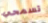
تسمحي